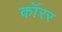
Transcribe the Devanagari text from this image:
कॉरर